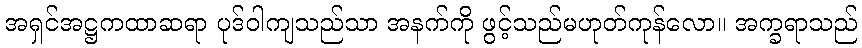
အရှင်အဋ္ဌကထာဆရာ ပုဒ်ဝါကျသည်သာ အနက်ကို ဖွင့်သည်မဟုတ်ကုန်လော။ အက္ခရာသည်